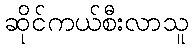
ဆိုင်ကယ်စီးလာသူ